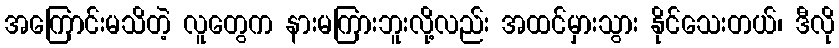
အကြောင်းမသိတဲ့ လူတွေက နားမကြားဘူးလို့လည်း အထင်မှားသွား နိုင်သေးတယ်၊ ဒီလို